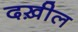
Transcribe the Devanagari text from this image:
दख़ील